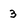
Character: 3